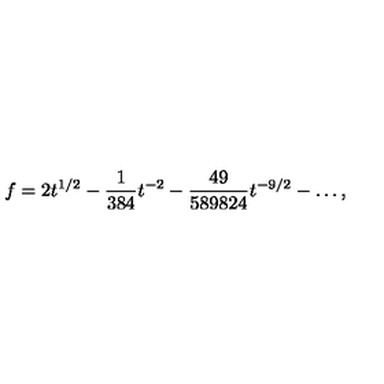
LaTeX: f = 2 t ^ { 1 / 2 } - { \frac { 1 } { 3 8 4 } } t ^ { - 2 } - { \frac { 4 9 } { 5 8 9 8 2 4 } } t ^ { - 9 / 2 } - \ldots ,